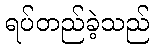
ရပ်တည်ခဲ့သည်